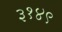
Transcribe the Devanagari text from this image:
३१४९